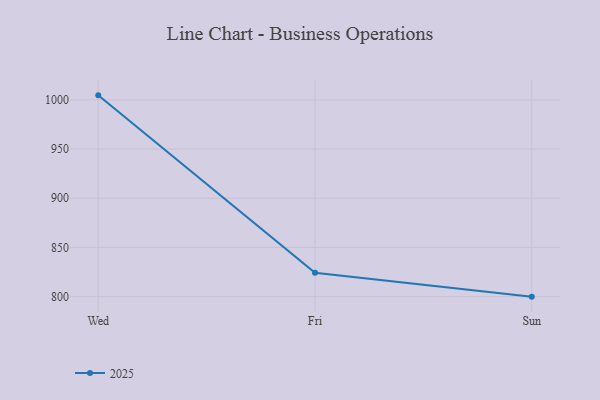
{"axis": {"x": "Day", "y": "Tickets Resolved"}, "legend": ["2025"], "data": [{"x": "Wed", "y": 1004.6, "type": "2025"}, {"x": "Fri", "y": 824.2, "type": "2025"}, {"x": "Sun", "y": 800, "type": "2025"}]}